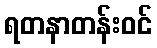
ရတနာတန်းဝင်